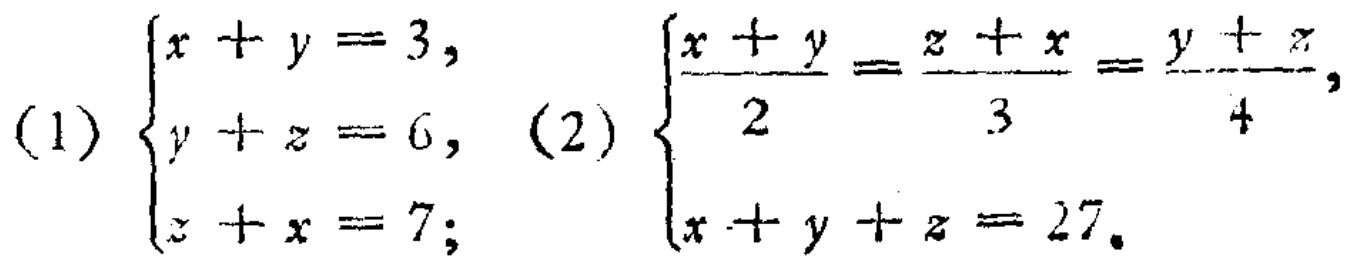
(1) \(\begin{cases}x + y = 3,\\y + z = 6,\\z + x = 7;\end{cases}\) (2) \(\begin{cases}\frac{x + y}{2}=\frac{z + x}{3}=\frac{y + z}{4},\\x + y + z = 27.\end{cases}\)